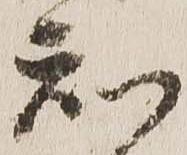
知